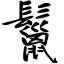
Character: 鬣